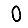
Digit: 0